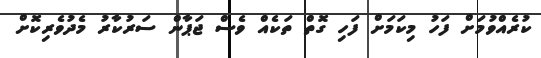
ކުރެއްވުމަށް ފަހު މިކަމަށް ފަހި ގޮތް ތަކެއް ވެސް ޖަޕާން ސަރުކާރު މެދުވެރިކޮށް